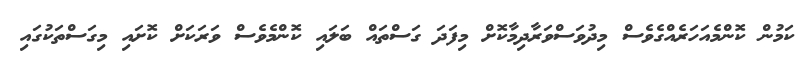
ކަމުން ކޮންމެއަހަރެއްގެވެސް މިދުވަސްވަރާދިމާކޮށް މިފަދަ ގަސްތައް ބަލައި ކޮންމެވެސް ވަރަކަށް ކޮށައި މިގަސްތަކުގައި